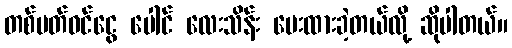
တစ်ပတ်ဝင်ငွေ ပေါင် လေးသိန်း ပေးထားခဲ့တယ်လို့ ဆိုပါတယ်။